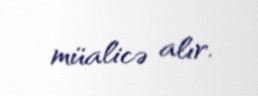
müalicə alır.